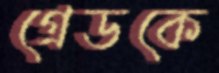
গ্রেডকে